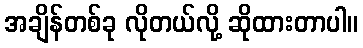
အချိန်တစ်ခု လိုတယ်လို့ ဆိုထားတာပါ။